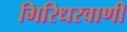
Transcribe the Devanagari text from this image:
गिरिधरवाणी